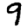
Digit: 9